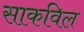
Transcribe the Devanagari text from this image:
साकविल